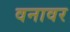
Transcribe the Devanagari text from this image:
वनावर